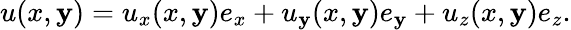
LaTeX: u(x,\mathbf{y})=u_{x}(x,\mathbf{y})e_{x}+u_{\mathbf{y}}(x,\mathbf{y})e_{\mathbf{y}}+u_{z}(x,\mathbf{y})e_{z}.